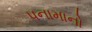
પનામાનો